Report on vaccination in Madras 1895-1903 - 1895-1903
Year: 1895
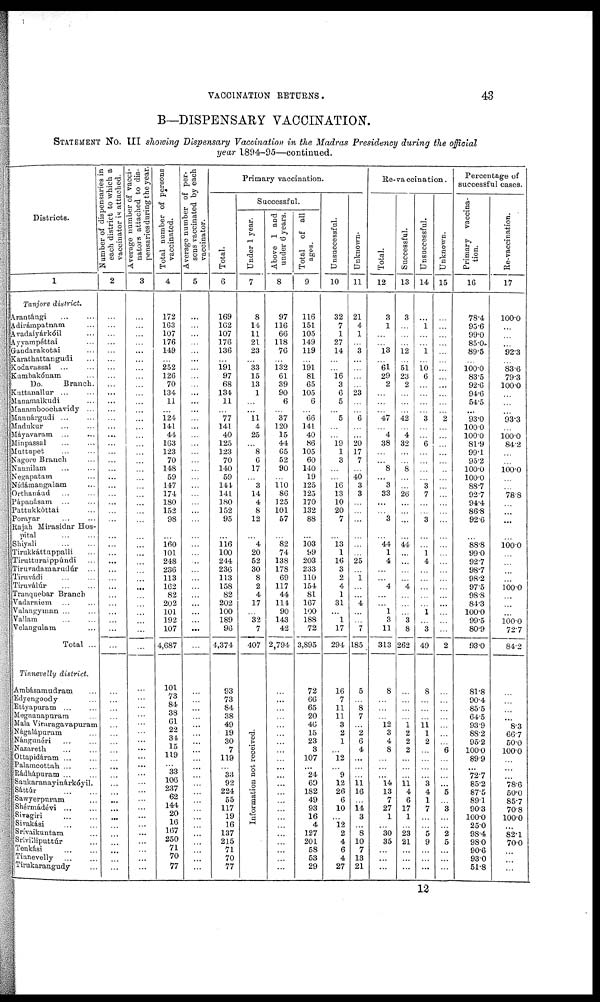
VACCINATION RETURNS.
43
B—DISPENSARY VACCINATION.
STATEMENT No. III showing Dispensary Vaccination in the Madras Presidency during the official
year 1894-95—continued.
Districts.
1
Tanjore district.
Arantángi
...
...
Adirámpatnam ...
Avadaiyárkóil ...
Ayyampéttai ...
Gandarakotai ...
Karathattangudi ...
Kodarassal ... ...
Kurabakónam ...
Do.
Branch.
Kuttanallur ... ...
Manamalkudi ...
Manamboochavidy ...
Mannárgudi ... ...
Madukur ... ...
Máyavaram ... ...
Minpassal ... ...
Muttupet ... ...
Nagore Branch ...
Nannilam ... ...
Negapatam ...
Nídámangalam ...
Orthanáud
...
...
Pápanásam ... ...
Pattukkóttai ...
Porayar ... ...
Rajah Mirasidar Hos-
pital
Shiyali ... ...
Tirukkáttuppalli ...
Tirutturaippúndi ...
Tiruvadamarudúr ...
Tiruvádi ... ...
Tiruválúr ... ...
Tranquebar Branch
Vadarniem ... ...
Valangyman ... ...
Vallam ... ...
Velangulam ...
Total ...
Tinnevelly district.
Ambásamudram ...
Edyengoody ...
Ettyapuram ... ...
Megnanapuram ...
Mala Viruragavapuram
Nágalápuram ...
Nángunéri ... ...
Nazareth ... ...
Ottapidáram ... ...
Palamcottah ... ...
Rádhápuram ... ...
Sankaranayinárkóyil.
Sáttúr
...
...
Sawyerpuram ...
Shérmádévi ... ...
Sivagiri
...
...
Sivakási
...
...
Srívaikuntam ...
Srívilliputtúr ...
Tenkási
...
...
Tinnevelly
...
...
Tirukarangudy ...
Number of dispensaries in
each district to which a
vaccinator is attached.
2
...
...
...
...
...
...
...
...
...
...
...
...
...
...
...
...
...
...
...
...
...
...
...
...
...
...
...
...
...
...
...
...
...
...
...
...
...
...
...
...
...
...
...
...
...
...
...
...
...
...
...
...
...
...
...
...
...
...
...
...
Average number of vacci-
nators attached to dis-
pensaries during the year.
3
...
...
...
...
...
...
...
...
...
...
...
...
...
...
...
...
...
...
...
...
...
...
...
...
...
...
...
...
...
...
...
...
...
...
...
...
...
...
...
...
...
...
...
...
...
...
...
...
...
...
...
...
...
...
...
...
...
...
...
...
Total number of persons
vaccinated.
4
172
163
107
176
149
...
252
126
70
134
11
...
124
141
44
163
123
70
148
59
147
174
180
152
98
...
160
101
248
236
113
162
82
202
101
192
107
4,687
101
73
84
38
61
22
34
15
119
... 33
106
237
62
144
20
16
167
250
71
70
77
Average number of per-
sons vaccinated by each
vaccinator.
5
...
...
...
...
...
...
...
...
...
...
...
...
...
...
...
...
...
...
...
...
...
...
...
...
...
...
...
...
...
...
...
...
...
...
...
...
...
...
...
...
...
...
...
...
...
...
...
...
...
...
...
...
...
...
...
...
...
...
...
...
Primary vaccination.
Total.
6
169
162
107
176
136
...
191
97
68
134
11
...
77
141
40
125
123
70
140
59
144
141
180
152
95
...
116
100
244
236
113
158
82
202
100
189
96
4,374
93
73
84
38
49
19
30
7
119
...
33
92
224
55
117
19
16
137
215
71
70
77
Successful.
Under 1 year.
7
8
14
11
21
23
...
33
15
13
1
...
...
11
4
25
...
8
6
17
...
3
14
4
8
12
...
4
20
52
30
8
2
4
17
...
32
7
407
Information not received.
Above 1 and
under 6 years.
8
97
116
66
118
76
...
132
61
39
90
6
...
37
120
15
44
65
52
90
...
110 86
125
101
57
...
82
74
138
178
69
117
44
114
90
143
42
2,794
...
...
...
...
...
...
...
...
...
...
...
...
...
...
...
...
...
...
...
...
...
...
Total of all
ages.
9
116
151
105
149
119
...
191
81
65
105
6
...
66
141
40
86
105
60
140
19
125
125
170
132
88
...
103
99
203
233
110
154
81
167
100
188
72
3,895
72
66
65
20
46
15
23
3
107
... 24
69
182
49
93
16
4
127
201
58
53
29
Unsuccessful.
10
32
7
1
27
14
...
...
16
3
6
5
...
5
...
...
19
1
3
...
...
16
13
10
20
7
...
13
1
16
3
2
4
1
31
...
1
17
294
16
7
11
11
3
2
1
...
12
...
9
12
26
6
10
...
12
2
4
6
4
27
Unknown.
11
21
4
1
...
3
...
...
...
...
23
...
...
6
...
...
26
17
7
...
40
3
3
...
...
...
...
...
...
25
...
1
...
...
4
...
...
7
185
5
...
8
7
...
2
6
4
...
...
...
11 16
...
14 3
... 8
10
7
13
21
Re-vaccination.
Total.
12
3
1
...
...
13
...
61
29
2
...
...
...
47
...
4
38
...
...
8
...
3
33
...
...
3
...
44
1
4
...
...
4
...
...
1
3
11
313
8
...
...
...
12
3
4
8
...
...
...
14
13
7
27
1
...
30
35
...
...
...
Successful.
13
3
...
...
...
12
...
51
23
2
...
...
...
42
...
4
32
...
...
8
...
...
26
...
...
...
...
44
...
...
...
...
4
...
...
...
3
8
262
...
...
...
...
1
2
2
2
...
...
...
11 4
6
17
1
...
23
21
...
...
...
Unsuccessful.
14
...
1
...
...
1
...
10
6
...
...
...
...
3
...
...
6
...
...
...
...
3
7
...
...
3
...
...
1
4
...
...
...
...
...
1
...
3
49
8
...
...
...
11 1
2
...
...
...
...
3
4
1
7
...
...
5
9
...
...
...
Unknown.
15
...
...
...
...
...
...
...
...
...
...
...
...
2
...
...
...
...
...
...
...
...
...
...
...
...
...
...
...
...
...
...
...
...
...
...
...
...
2
...
...
...
...
...
...
...
6
...
...
...
...
5
...
3
...
...
2
5
...
...
...
Percentage of
successful cases.
Primary vaccina-
tion.
16
78.4
95.6
99.0
85.0
89.5
...
100.0
83.5
92.6
94.6
54.5
...
93.0
100.0
100.0
81.9
99.1
95.2
100.0
100.0
88.7
92.7
94.4
86.8
92.6
...
88.8
99.0
92.7
98.7
98.2
97.5
98.8
84.3
100.0
99.5
80.9
93.0
81.8
90.4
85.5
64.5
93.9
88.2
95.2
100.0
89.9
...
72.7
85.2
87.5
89.1
90.3
100.0
25.0
98.4
98.0
90.6
93.0
51.8
Re-vaccination.
17
100.0
...
...
...
92.3
...
83.6
79.3
100.0
...
...
...
93.3
...
100.0
84.2
...
100.0
...
...
78.8
...
...
...
...
100.0
...
...
...
...
100.0
...
...
...
100.0
72.7
84.2
...
...
...
...
8.3
66.7
50.0
100.0
...
...
...
78.6
50.0
85.7
70.8
100.0
...
82.1
70.0
...
...
...
12